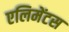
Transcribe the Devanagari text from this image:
एलिमेंटस